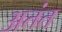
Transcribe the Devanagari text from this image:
अतंत